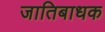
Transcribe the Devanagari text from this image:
जातिबाधक